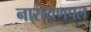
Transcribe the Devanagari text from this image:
नारायणपल